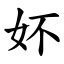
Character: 妚